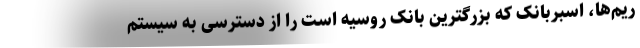
ریم‌ها، اسبربانک که بزرگترین بانک روسیه است را از دسترسی به سیستم